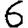
Digit: 6